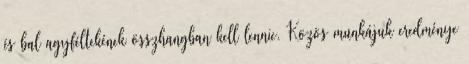
és bal agyféltekének összhangban kell lennie. Közös munkájuk eredménye